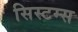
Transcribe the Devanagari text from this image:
सिस्‍टम्स